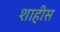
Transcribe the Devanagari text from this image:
शाहीस